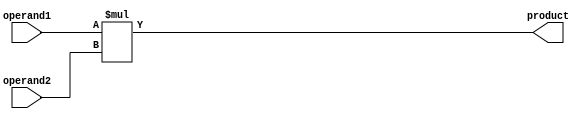
module shift_and_add_multiplier (
    input wire [7:0] operand1,
    input wire [7:0] operand2,
    output reg [15:0] product
);

reg [7:0] shift_reg;
reg [15:0] accumulator;

always @(*) begin
    product = operand1 * operand2;
end

endmodule